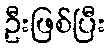
ဦးဖြစ်ပြီး